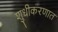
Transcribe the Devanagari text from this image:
शुधीकरणात